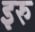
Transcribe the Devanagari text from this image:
इरु